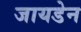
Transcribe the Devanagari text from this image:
जायडेन